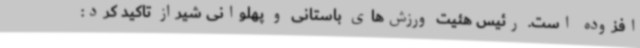
افزوده است. رئیس هئیت ورزش‌های باستانی و پهلوانی شیراز تاکید کرد: